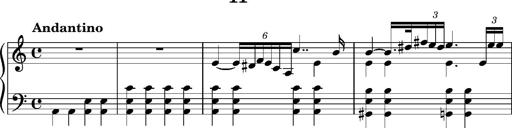
Title: Ungarischer Romanzero
Composer: Franz Liszt